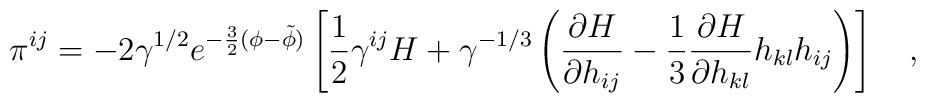
\pi^{ij}=-2\gamma^{1/2}e^{-\frac{3}{2}(\phi-\tilde{\phi})}\left[ \frac{1}{2}\gamma^{ij}H+\gamma^{-1/3} \left( \frac{\partial H}{\partial h_{ij}}-\frac{1}{3}\frac{\partial H}{\partial h_{kl}}h_{kl}h_{ij} \right) \right] ~~~,